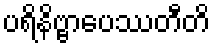
ပရိနိဗ္ဗာပေဿတီတိ